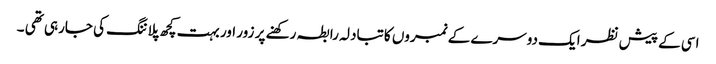
اسی کے پیش نظر ایک دوسرے کے نمبروں کا تبادلہ رابطہ رکھنے پر زور اور بہت کچھ پلاننگ کی جارہی تھی ۔